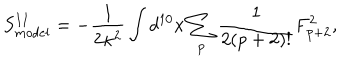
S _ { m o d e l } ^ { I I } = - \frac { 1 } { 2 \kappa ^ { 2 } } \int d ^ { 1 0 } x \sum _ { p } \frac { 1 } { 2 ( p + 2 ) ! } F _ { p + 2 } ^ { 2 } ,